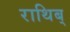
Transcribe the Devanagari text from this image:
राथिब्